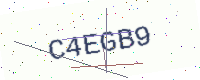
Text: C4EGB9